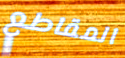
المقاطع